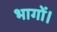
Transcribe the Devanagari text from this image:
भागों।